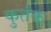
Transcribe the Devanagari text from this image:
कुर्तक